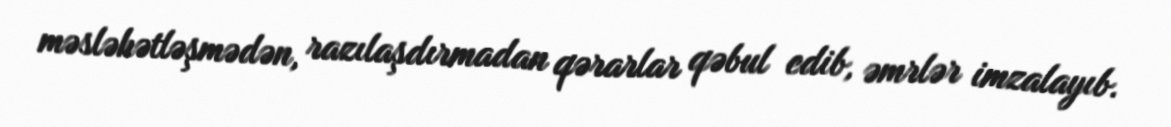
məsləhətləşmədən, razılaşdırmadan qərarlar qəbul edib, əmrlər imzalayıb.